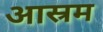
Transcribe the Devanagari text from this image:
आस्रम